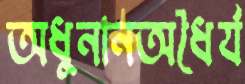
অধুনানঅধৈর্য